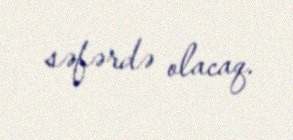
səfərdə olacaq.